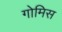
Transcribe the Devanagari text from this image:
गोमिस